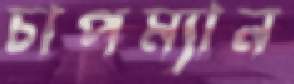
চাপম্যান